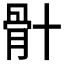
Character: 𮪦